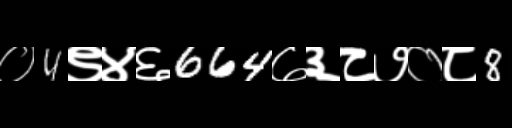
Text: ०4९४६664७३८७०८8